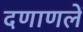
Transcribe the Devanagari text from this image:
दणाणलें